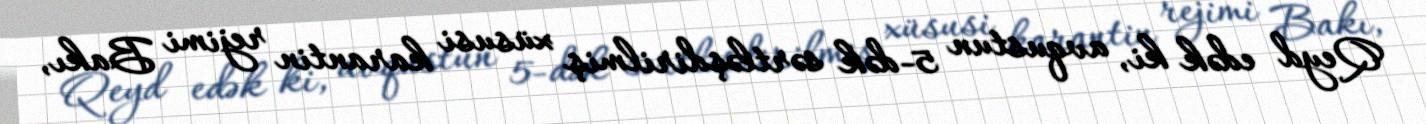
Qeyd edək ki, avqustun 5-dək sərtləşdirilmiş xüsusi karantin rejimi Bakı,